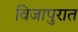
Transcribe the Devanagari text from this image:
विजापुरात